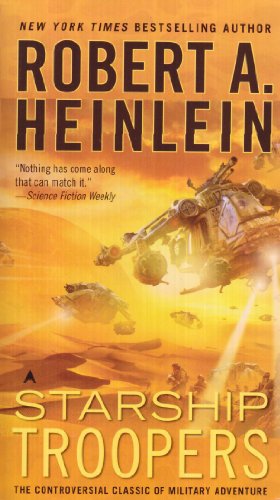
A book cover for Starship Troopers; Robert A. Heinlein; Science Fiction & Fantasy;